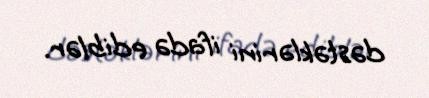
dəstəklərini ifadə ediblər.